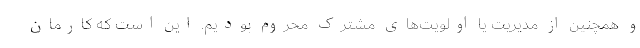
و همچنین از مدیریت یا اولویت‌های مشترک محروم بودیم. این است که کارمان